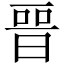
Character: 𣈆